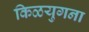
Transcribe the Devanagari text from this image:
किळयुगना